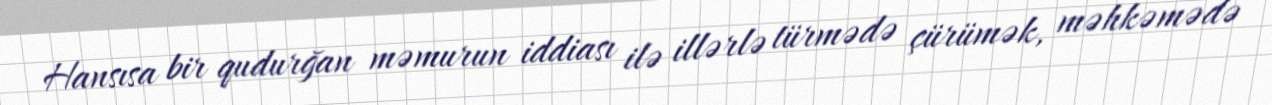
Hansısa bir qudurğan məmurun iddiası ilə illərlə türmədə çürümək, məhkəmədə